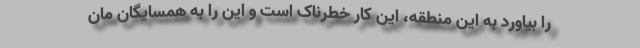
را بیاورد به این منطقه، این کار خطرناک است و این را به همسایگان مان